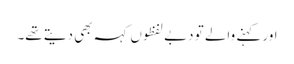
اور کہنے والے تو دبے لفظوں کہہ بھی دیتے تھے۔